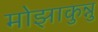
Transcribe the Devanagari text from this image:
मोझाकुन्नु